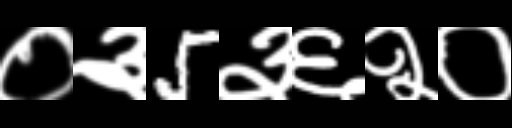
Text: ०३5३६२०